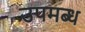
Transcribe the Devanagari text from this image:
उपमब्ध